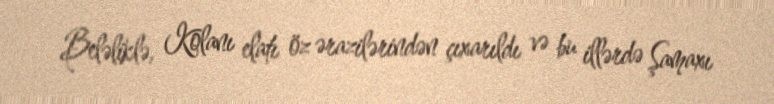
Beləliklə, Kolanı elatı öz ərazilərindən çıxarıldı və bu illərdə Şamaxı